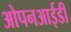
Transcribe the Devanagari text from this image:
ओपनआईडी